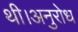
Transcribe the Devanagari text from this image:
थी।अनुरोध